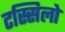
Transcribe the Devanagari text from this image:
टस्सिलो